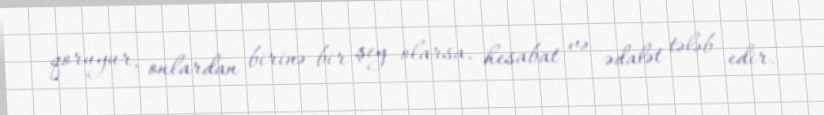
qoruyur, onlardan birinə bir şey olarsa, hesabat və ədalət tələb edir.